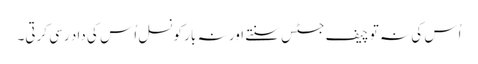
اُس کی نہ تو چیف جسٹس سنتے اور نہ بار کونسل اُس کی داد رسی کرتی۔